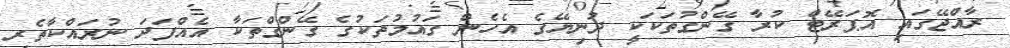
ރާއްޖޭގައި އޮޕަރޭޓް ކުރާ ގޭންގުތަކަކީ ދުނިޔޭގެ އެހެން ގައުމުތަކުގެ ގޭންގްތަކާ އެއްފަދަ ނުރައްކާތެރި